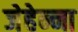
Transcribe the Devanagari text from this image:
जेहेन्ना